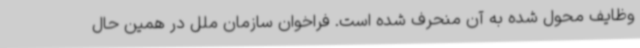
وظایف محول شده به آن منحرف شده است. فراخوان سازمان ملل در همین حال